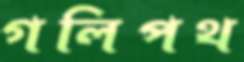
গলিপথ